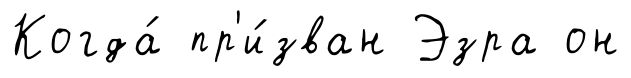
Когда́ пр'и́зван Эзра он